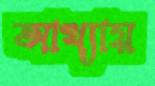
আখ্যায়